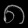
Digit: ၈